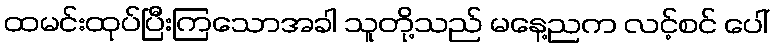
ထမင်းထုပ်ပြီးကြသောအခါ သူတို့သည် မနေ့ညက လင့်စင် ပေါ်